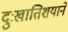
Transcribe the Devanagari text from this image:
दुःखातिशयाने